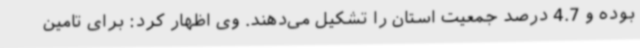
بوده و 4.7 درصد جمعیت استان را تشکیل می‌دهند. وی اظهار کرد: برای تامین